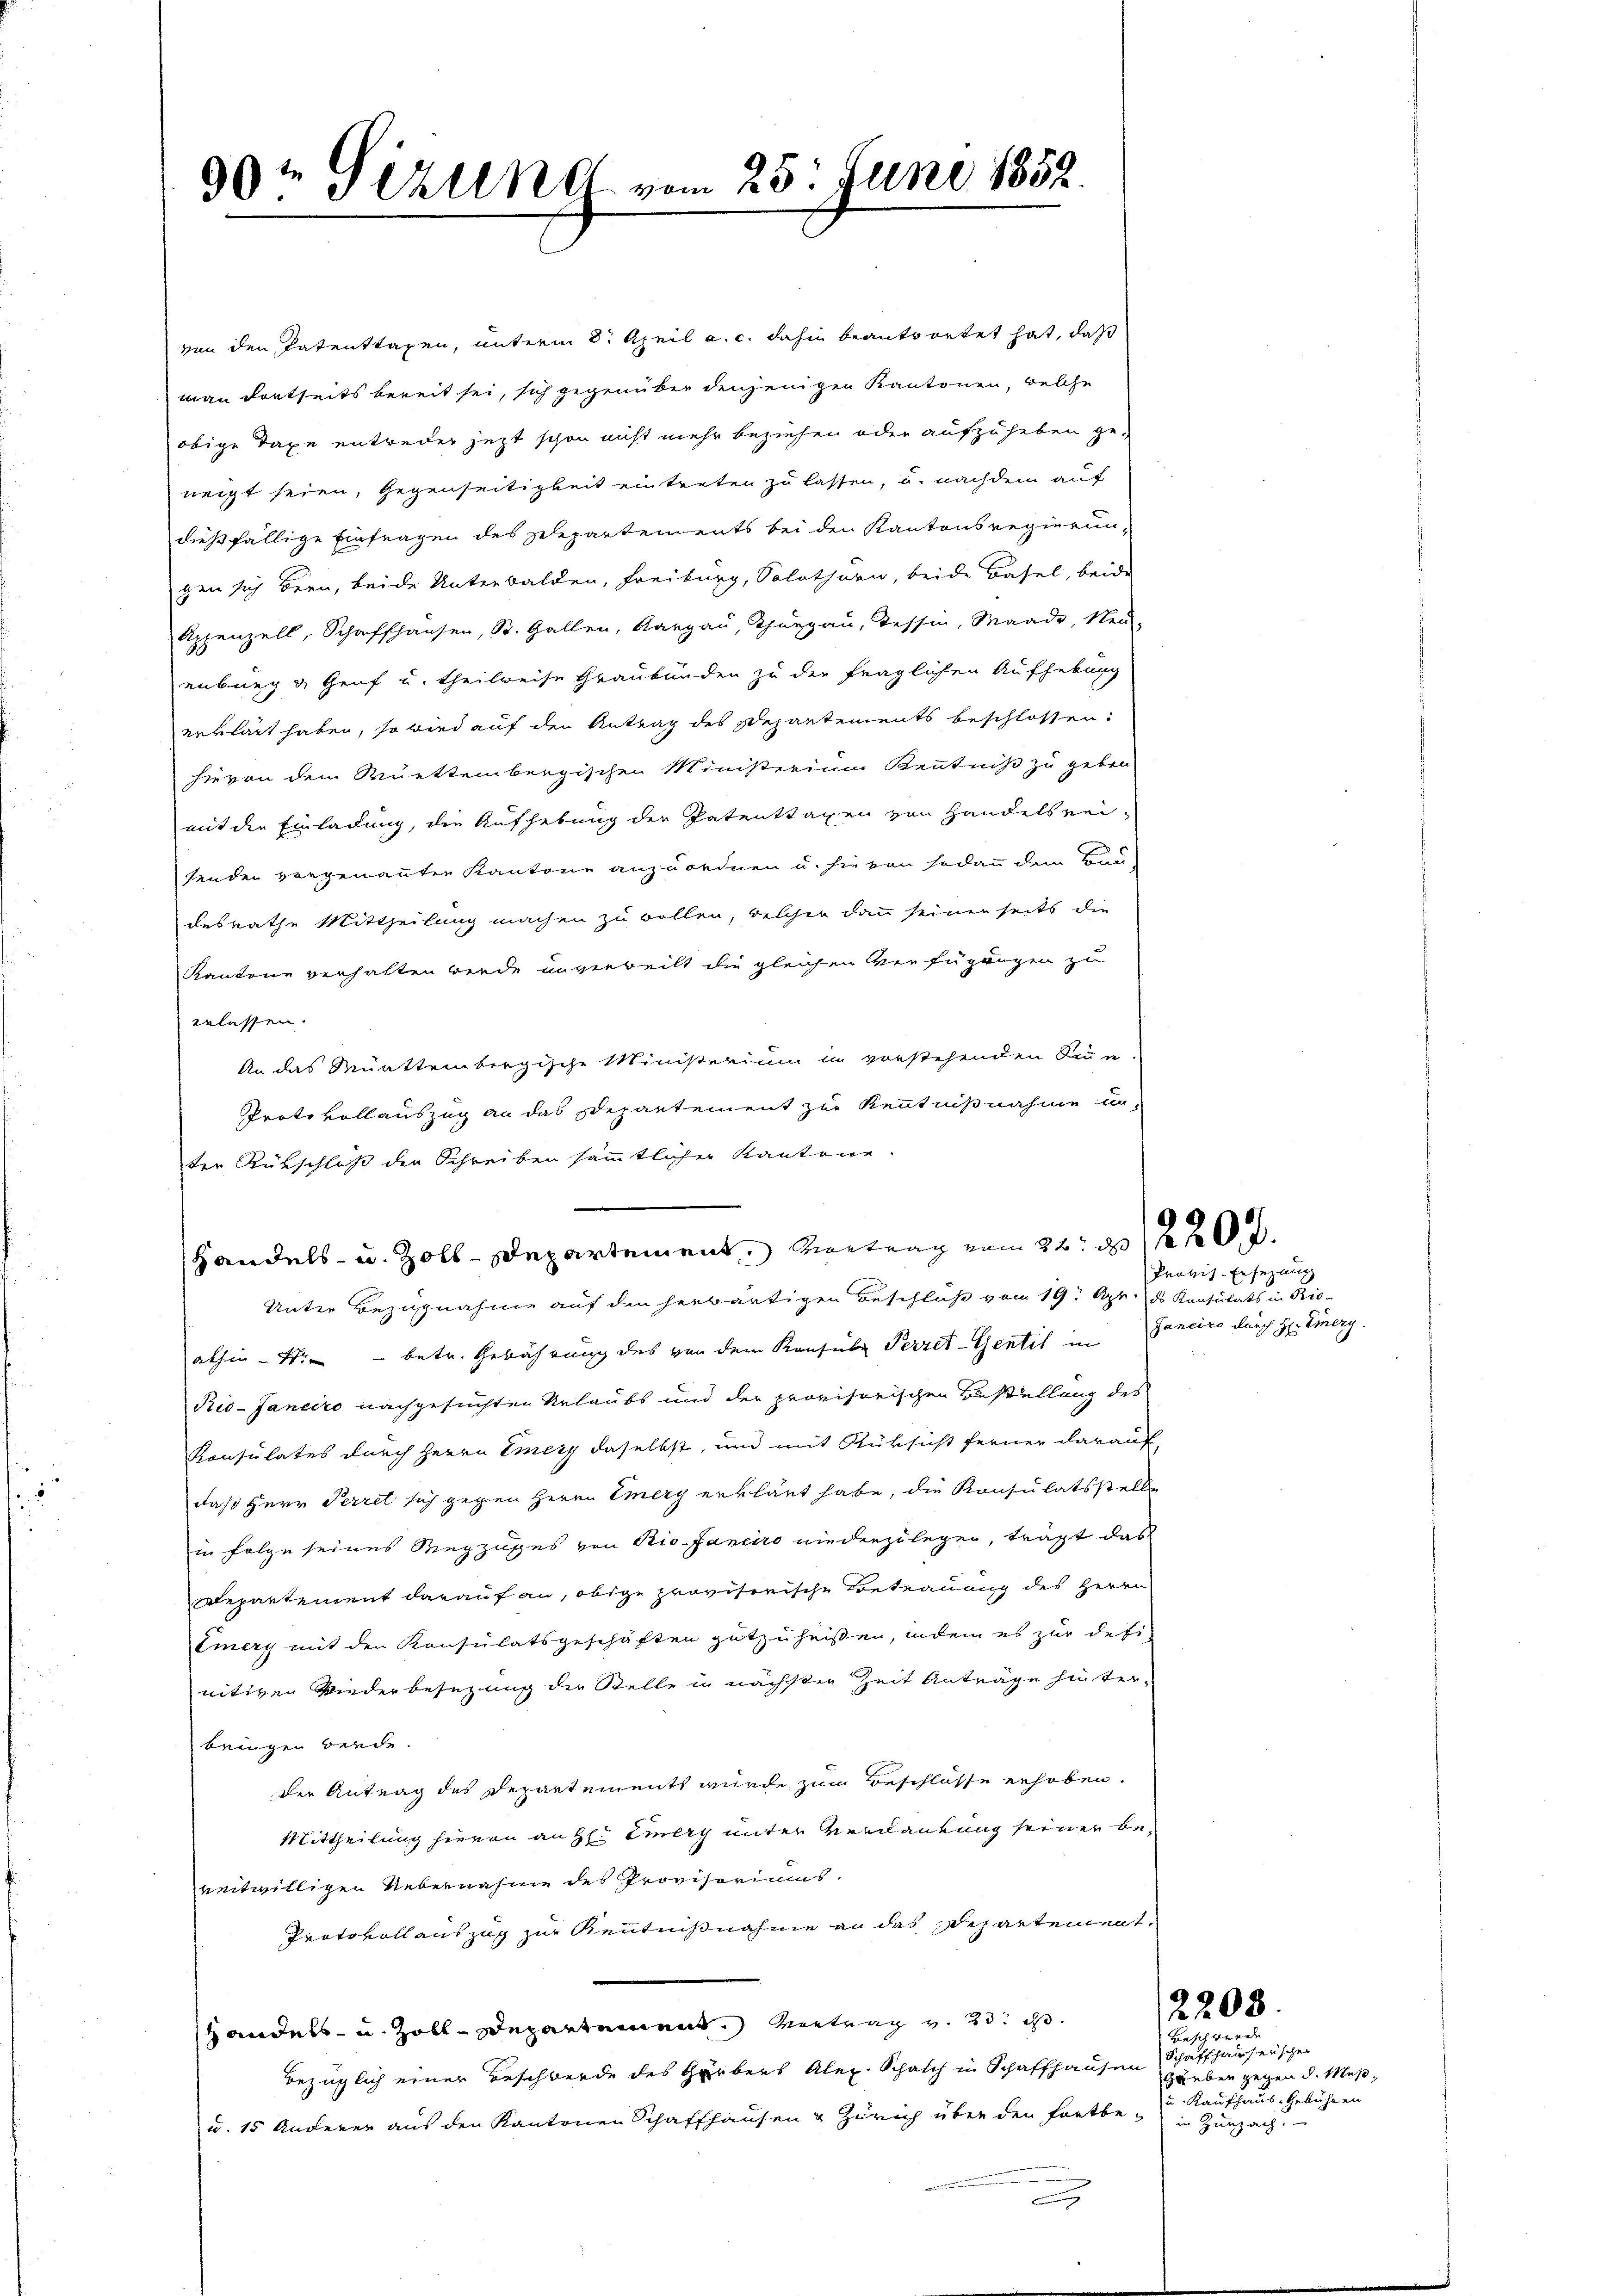
5

von den Patenttaxen, unterm 8. April a. c. dahin beantwortet hat, daß
man dortseits bereit sei, sich gegenüber denjenigen Kantonen, welche
obige Taxe entweder jezt schon nicht mehr beziehen oder aufzuheben ge-
neigt seien, Gegenseitigkeit eintreten zu lassen, u. nachdem auf
dießfällige Einfragen des Departements bei den Kantonsregierungen sich bern, beide Unterbalden, Freiburg, Solothurn, beide Basel, beide
Appenzell, Schaffhausen, St. Gallen, Aargau, Thurgau, Tessin, Waadt, Neu-
enburg & Genf u. theilweise Graubünden zu der fraglichen Aufhebung
erklärt haben, so wird auf den Antrag des Departements beschlossen:
hievon dem Württembergischen Ministerium Kenntniß zu geben
mit der Einladung, die Aufhebung der Patenttagen von Handelsrei-
senden vorgenannten Kantone anzuordnen u. sie von sodann dem Trau-
desrathe Mittheilung machen zu wollen, welcher dann seiner seits die
Kantone verhalten werde unverweilt die gleichen Verfügungen zu
erlassen.
An das Munttembergische Ministerium in vorstehenden Sinn.
Protokollauszug an das Departement zur Kenntnißnahme un-
ter Rückschluß der Schreiben sämmtlicher Kantone.
Unter Bezugnahme auf den herwärtigen Beschluß vom 19. Apr. d. Konsulats in Bio-
abhin - 4. betr. Gewährung des von dem Konsula Perret-Gentil in Janeiro durch Hr. Einerg
Ris-Janeiro nachgesuchten Urlaubs und der provisorischen Bestellung des
Konsulates durch Herrn Einer daselbst, und mit Rüksicht ferner darauf,
daß Herr Perret sich gegen Herrn Emery erklärt habe, die Konsulatsstelle
in Folge seines Wegzuses von Rio-Janeiro niederzulegen, trägt das
Departement darauf an, obige provisorische Betrauung des Herrn
Emery mit den Konsulatsgeschäften gutzuheißen, indem es zur definitiven Wiederbesezung die Stellein nächsten Zeit Anträge hinter-
bringen werde.
der Antrag des Departements wurde zum Beschlüsse erhoben.
Mittheilung hievon an H. Einlich unter Verdankung seiner bereitwilligen Uebernahme des Provisoriums.
Protokoll auszug zur Kenntnißnahme an das Departement,
Handels- u. Zoll-Departement. Vertrag v. 23 i
bezüglich einer Beschwerde des Gärbers Alex. Schalch in Schaffhausen Schaffhauserschen
u. 15 Anderer aus den Kantonen Schaffhausen & Zürich über den Fortbein Zurzach.
g

99te Gerung vom 25. Juni 1852.

Handels- u. Zoll-Departement Vertrag vom 26. 1820.

Provis-Ersezung

2208.

Sippernd
Hueben gegen d. Mes¬
u. Kaufhaus-Gebühren